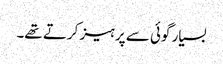
بسیار گوئی سے پرہیز کرتے تھے۔